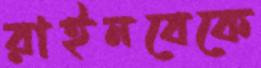
রাইনবেকে